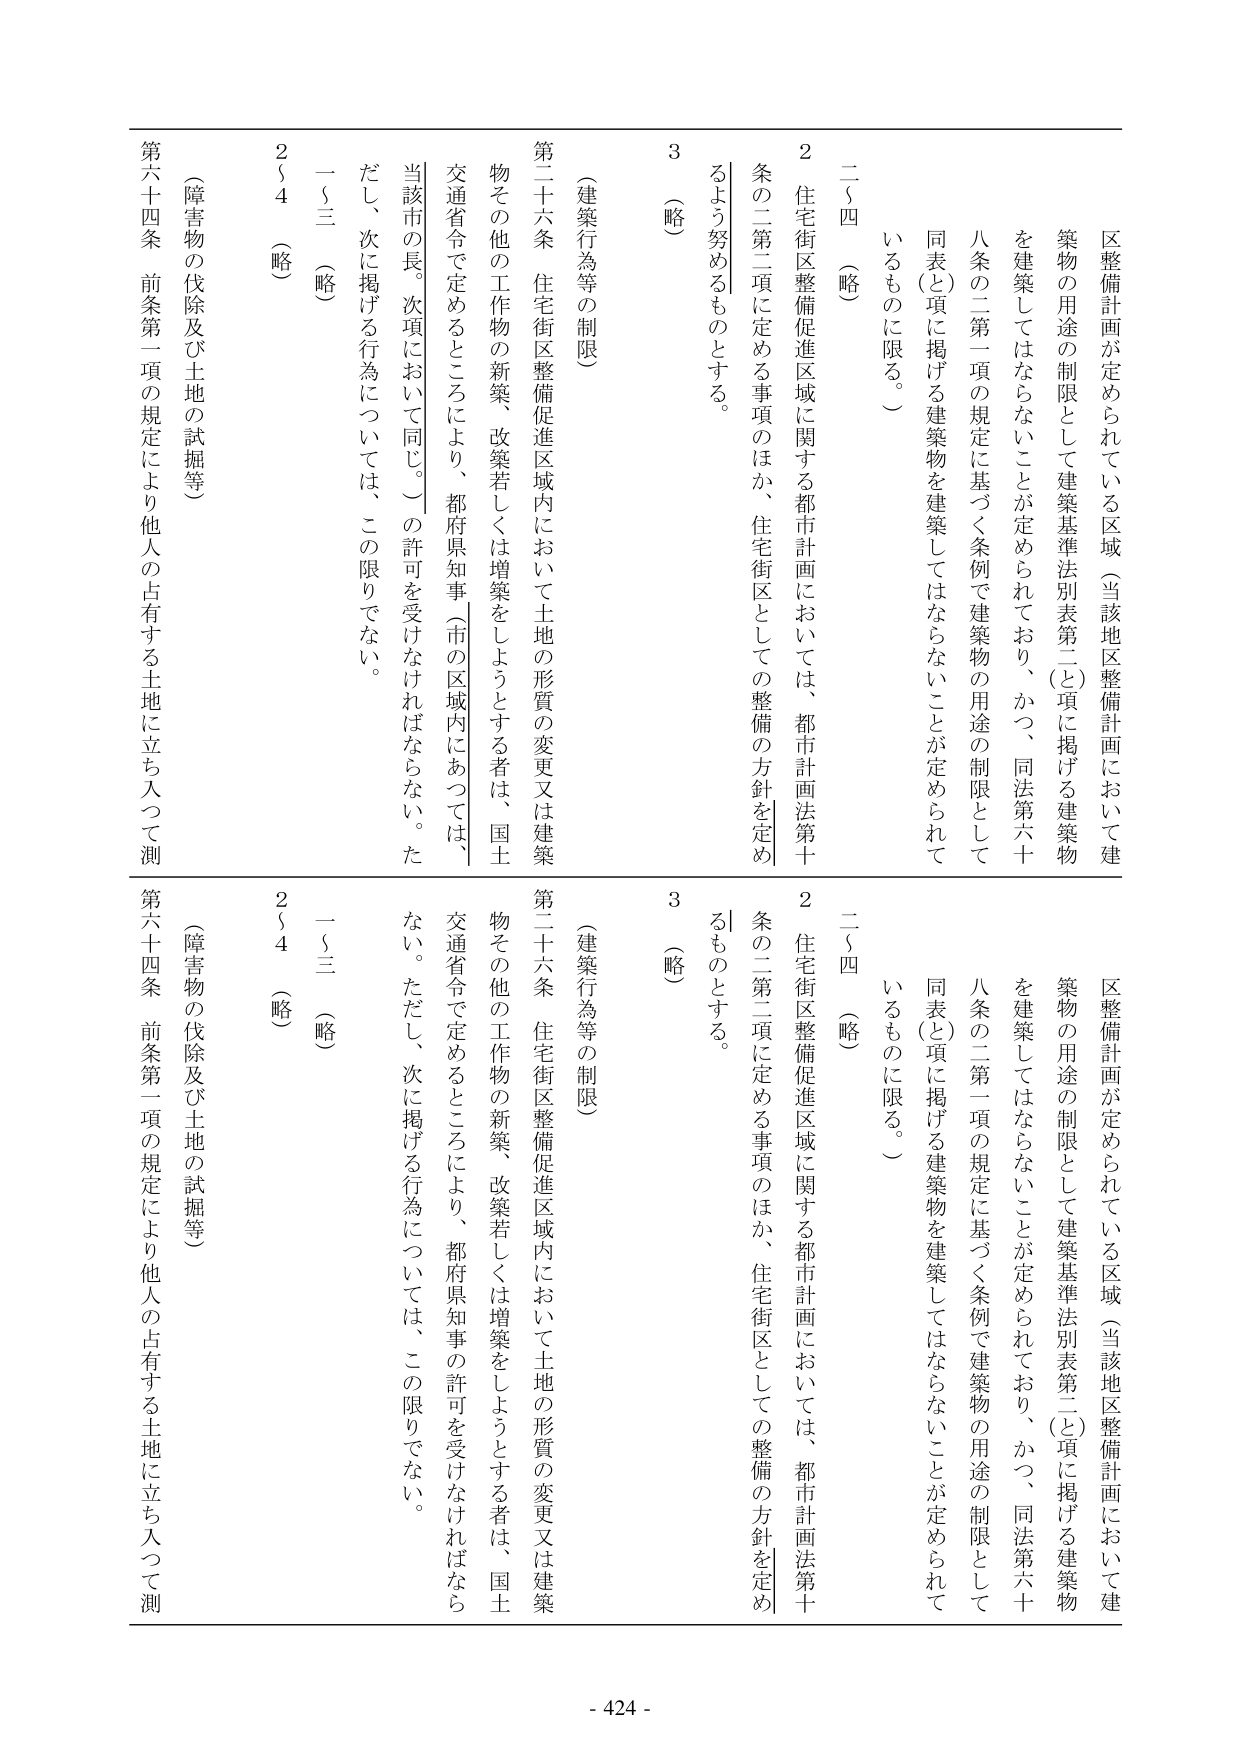
区整備計画が定められている区域（当該地区整備計画において建築物の用途の制限として建築基準法別表第二（と）項に掲げる建築物を建築してはならないことが定められており、かつ、同法第六十八条の二第一項の規定に基づく条例で建築物の用途の制限として同表（と）項に掲げる建築物を建築してはならないことが定められているものに限る。）

二～四 （略）

２ 住宅街区整備促進区域に関する都市計画においては、都市計画法第十条の二第二項に定める事項のほか、住宅街区としての整備の方針を定めるよう努めるものとする。

３ （略）

（建築行為等の制限）

第二十六条 住宅街区整備促進区域内において土地の形質の変更又は建築物その他の工作物の新築、改築若しくは増築をしようとする者は、国土交通省令で定めるところにより、都府県知事（市の区域内にあっては、当該市の長。次項において同じ。）の許可を受けなければならない。ただし、次に掲げる行為については、この限りでない。

一～三 （略）

２～４ （略）

（障害物の伐除及び土地の試掘等）

第六十四条 前条第一項の規定により他人の占有する土地に立ち入って測

区整備計画が定められている区域（当該地区整備計画において建築物の用途の制限として建築基準法別表第二（と）項に掲げる建築物を建築してはならないことが定められており、かつ、同法第六十八条の二第一項の規定に基づく条例で建築物の用途の制限として同表（と）項に掲げる建築物を建築してはならないことが定められているものに限る。）

二～四 （略）

２ 住宅街区整備促進区域に関する都市計画においては、都市計画法第十条の二第二項に定める事項のほか、住宅街区としての整備の方針を定めるものとする。

３ （略）

（建築行為等の制限）

第二十六条 住宅街区整備促進区域内において土地の形質の変更又は建築物その他の工作物の新築、改築若しくは増築をしようとする者は、国土交通省令で定めるところにより、都府県知事の許可を受けなければならない。ただし、次に掲げる行為については、この限りでない。

一～三 （略）

２～４ （略）

（障害物の伐除及び土地の試掘等）

第六十四条 前条第一項の規定により他人の占有する土地に立ち入って測

- 424 -